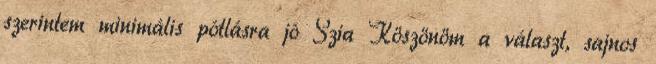
szerintem minimális pótlásra jó Szia Köszönöm a választ, sajnos